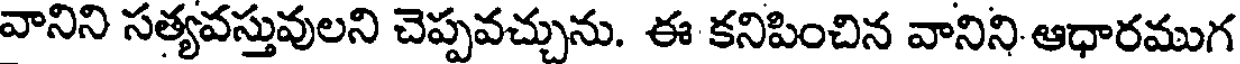
వానిని సత్యవస్తువులని చెప్పవచ్చును. ఈ కనిపించిన వానిని ఆధారముగ